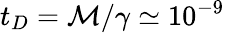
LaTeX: t_{D}=\mathcal{M}/\gamma\simeq10^{-9}